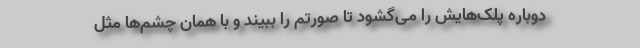
دوباره پلک‌هایش را می‌گشود تا صورتم را ببیند و با همان چشم‌ها مثل